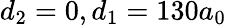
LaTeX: d_{2}=0,d_{1}=130a_{0}